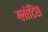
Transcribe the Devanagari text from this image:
ग्लोटिस